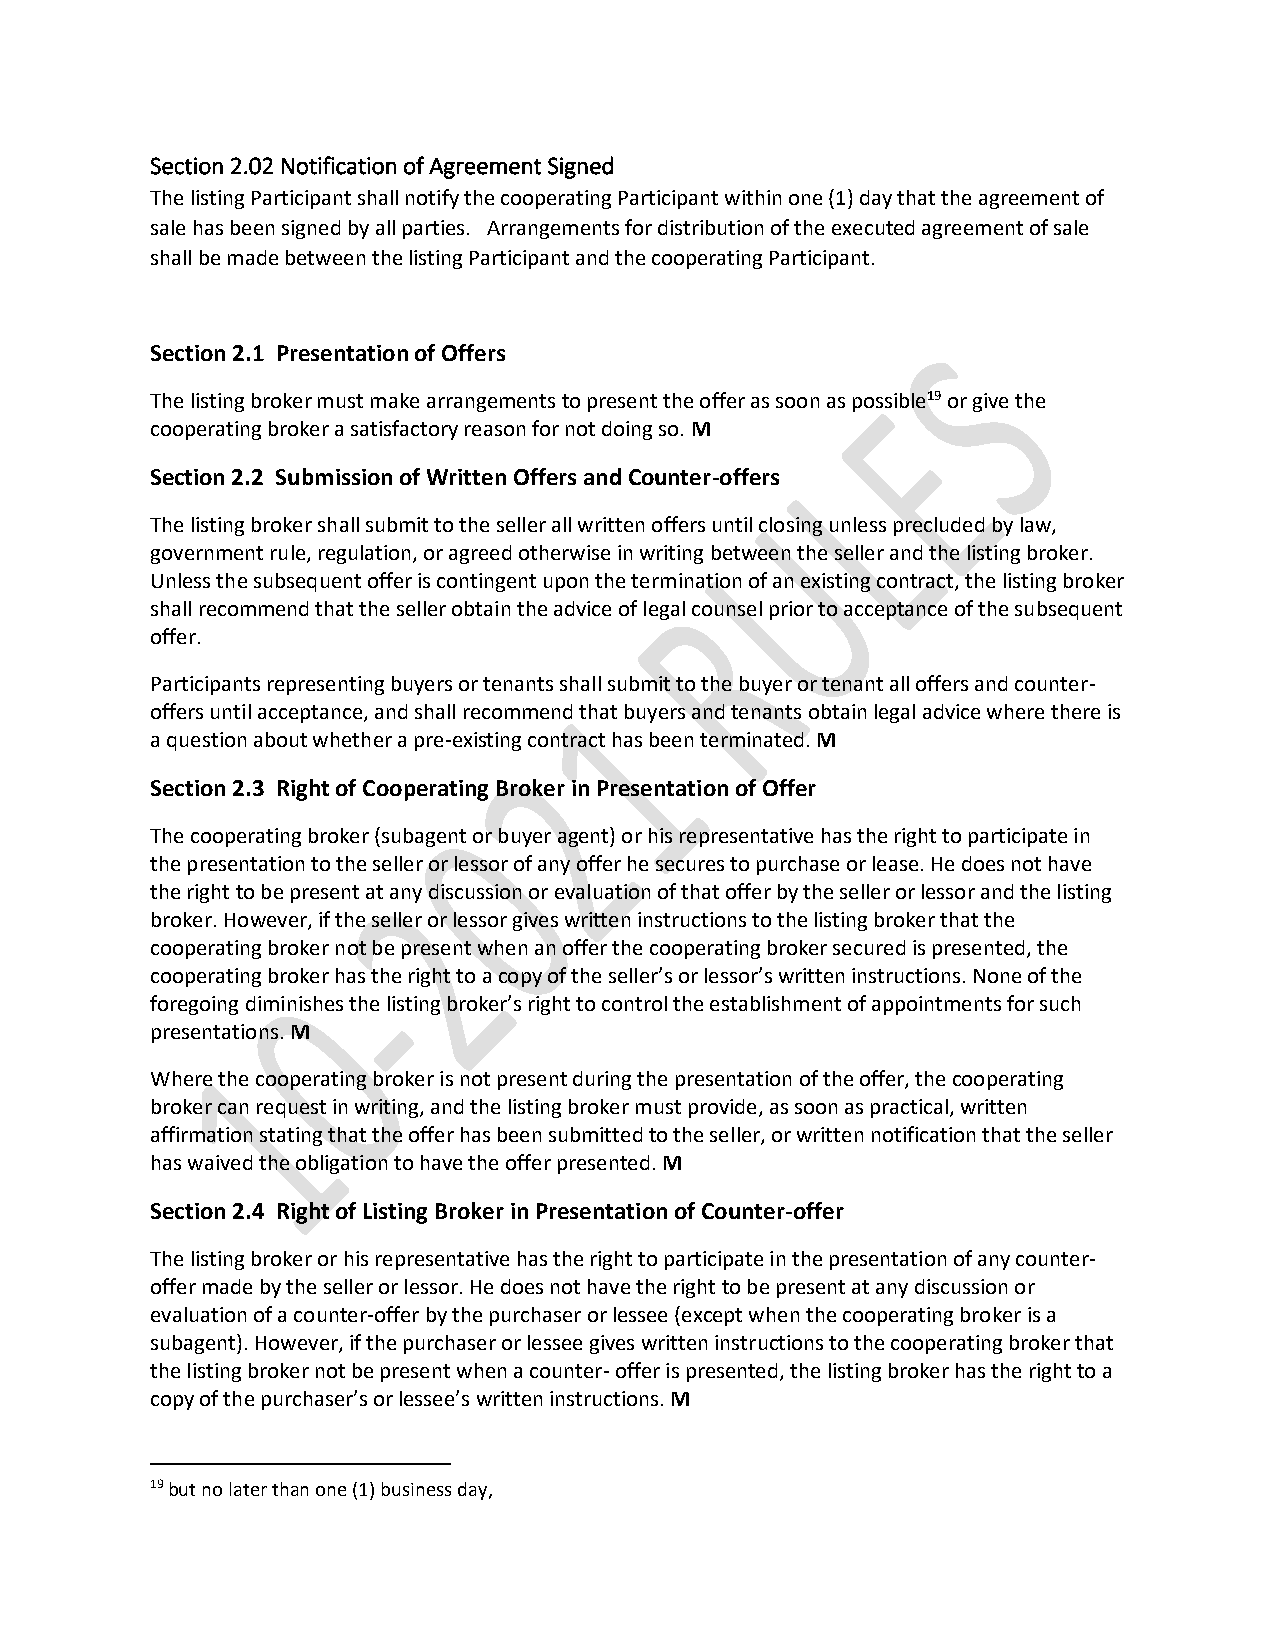
Section 2.02 Notification of Agreement Signed
 The listing Participant shall notify the cooperating Participant within one (1) day that the agreement of
 sale has been signed by all parties. Arrangements for distribution of the executed agreement of sale
 shall be made between the listing Participant and the cooperating Participant.
 Section 2.1 Presentation of Offers
 The listing broker must make arrangements to present the offer as soon as possible19 or give the
 cooperating broker a satisfactory reason for not doing so. M
 Section 2.2 Submission of Written Offers and Counter-offers
 The listing broker shall submit to the seller all written offers until closing unless precluded by law,
 government rule, regulation, or agreed otherwise in writing between the seller and the listing broker.
 Unless the subsequent offer is contingent upon the termination of an existing contract, the listing broker
 shall recommend that the seller obtain the advice of legal counsel prior to acceptance of the subsequent
 offer.
 Participants representing buyers or tenants shall submit to the buyer or tenant all offers and counter-
 offers until acceptance, and shall recommend that buyers and tenants obtain legal advice where there is
 a question about whether a pre-existing contract has been terminated. M
 Section 2.3 Right of Cooperating Broker in Presentation of Offer
 The cooperating broker (subagent or buyer agent) or his representative has the right to participate in
 the presentation to the seller or lessor of any offer he secures to purchase or lease. He does not have
 the right to be present at any discussion or evaluation of that offer by the seller or lessor and the listing
 broker. However, if the seller or lessor gives written instructions to the listing broker that the
 cooperating broker not be present when an offer the cooperating broker secured is presented, the
 cooperating broker has the right to a copy of the seller’s or lessor’s written instructions. None of the
 foregoing diminishes the listing broker’s right to control the establishment of appointments for such
 presentations. M
 Where the cooperating broker is not present during the presentation of the offer, the cooperating
 broker can request in writing, and the listing broker must provide, as soon as practical, written
 affirmation stating that the offer has been submitted to the seller, or written notification that the seller
 has waived the obligation to have the offer presented. M
 Section 2.4 Right of Listing Broker in Presentation of Counter-offer
 The listing broker or his representative has the right to participate in the presentation of any counter-
 offer made by the seller or lessor. He does not have the right to be present at any discussion or
 evaluation of a counter-offer by the purchaser or lessee (except when the cooperating broker is a
 subagent). However, if the purchaser or lessee gives written instructions to the cooperating broker that
 the listing broker not be present when a counter- offer is presented, the listing broker has the right to a
 copy of the purchaser’s or lessee’s written instructions. M
 19 but no later than one (1) business day,